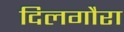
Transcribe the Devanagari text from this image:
दिलगौरा